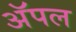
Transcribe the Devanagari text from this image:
अॅपल